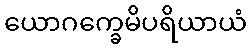
ယောဂက္ခေမိပရိယာယံ